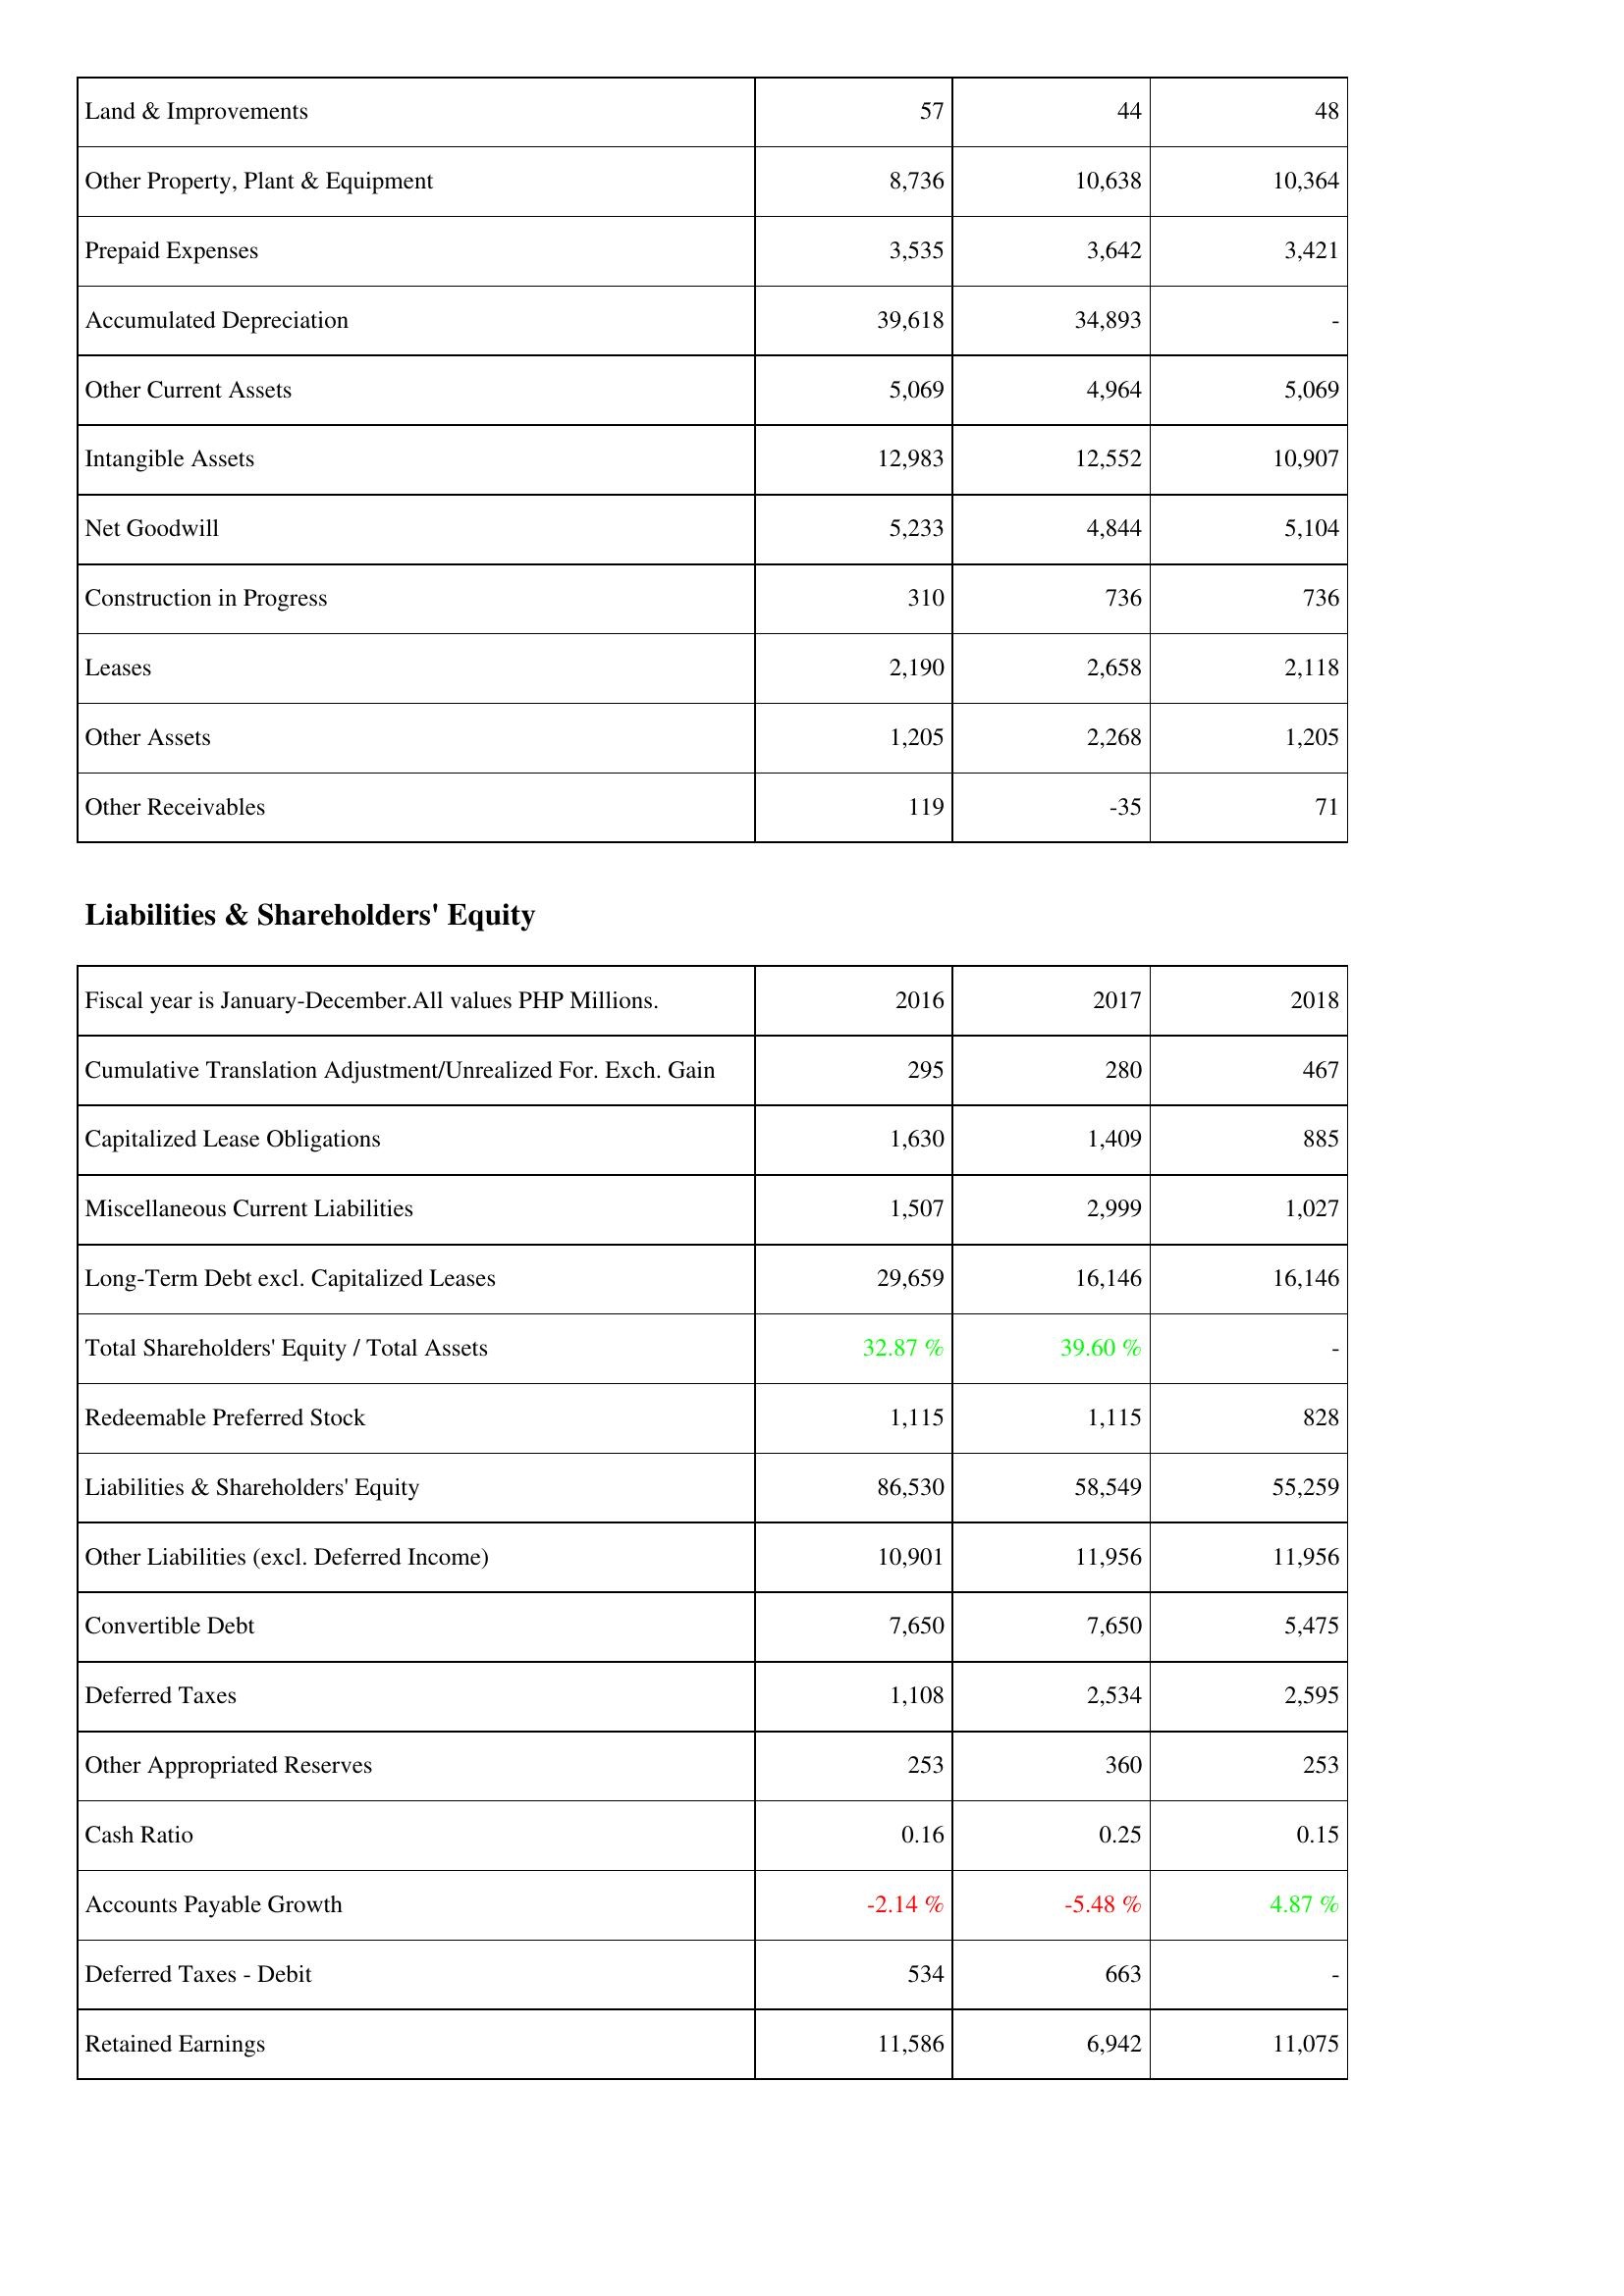
2016: Assets: Land & Improvements: 57
Other Property, Plant & Equipment: 8,736
Prepaid Expenses: 3,535
Accumulated Depreciation: 39,618
Other Current Assets: 5,069
Intangible Assets: 12,983
Net Goodwill: 5,233
Construction in Progress: 310
Leases: 2,190
Other Assets: 1,205
Other Receivables: 119
Liabilities & Shareholders' Equity: Cumulative Translation Adjustment/Unrealized For. Exch. Gain: 295
Capitalized Lease Obligations: 1,630
Miscellaneous Current Liabilities: 1,507
Long-Term Debt excl. Capitalized Leases: 29,659
Total Shareholders' Equity / Total Assets: 32.87 %
Redeemable Preferred Stock: 1,115
Liabilities & Shareholders' Equity: 86,530
Other Liabilities (excl. Deferred Income): 10,901
Convertible Debt: 7,650
Deferred Taxes: 1,108
Other Appropriated Reserves: 253
Cash Ratio: 0.16
Accounts Payable Growth: -2.14 %
Deferred Taxes - Debit: 534
Retained Earnings: 11,586
2017: Assets: Land & Improvements: 44
Other Property, Plant & Equipment: 10,638
Prepaid Expenses: 3,642
Accumulated Depreciation: 34,893
Other Current Assets: 4,964
Intangible Assets: 12,552
Net Goodwill: 4,844
Construction in Progress: 736
Leases: 2,658
Other Assets: 2,268
Other Receivables: -35
Liabilities & Shareholders' Equity: Cumulative Translation Adjustment/Unrealized For. Exch. Gain: 280
Capitalized Lease Obligations: 1,409
Miscellaneous Current Liabilities: 2,999
Long-Term Debt excl. Capitalized Leases: 16,146
Total Shareholders' Equity / Total Assets: 39.60 %
Redeemable Preferred Stock: 1,115
Liabilities & Shareholders' Equity: 58,549
Other Liabilities (excl. Deferred Income): 11,956
Convertible Debt: 7,650
Deferred Taxes: 2,534
Other Appropriated Reserves: 360
Cash Ratio: 0.25
Accounts Payable Growth: -5.48 %
Deferred Taxes - Debit: 663
Retained Earnings: 6,942
2018: Assets: Land & Improvements: 48
Other Property, Plant & Equipment: 10,364
Prepaid Expenses: 3,421
Accumulated Depreciation: -
Other Current Assets: 5,069
Intangible Assets: 10,907
Net Goodwill: 5,104
Construction in Progress: 736
Leases: 2,118
Other Assets: 1,205
Other Receivables: 71
Liabilities & Shareholders' Equity: Cumulative Translation Adjustment/Unrealized For. Exch. Gain: 467
Capitalized Lease Obligations: 885
Miscellaneous Current Liabilities: 1,027
Long-Term Debt excl. Capitalized Leases: 16,146
Total Shareholders' Equity / Total Assets: -
Redeemable Preferred Stock: 828
Liabilities & Shareholders' Equity: 55,259
Other Liabilities (excl. Deferred Income): 11,956
Convertible Debt: 5,475
Deferred Taxes: 2,595
Other Appropriated Reserves: 253
Cash Ratio: 0.15
Accounts Payable Growth: 4.87 %
Deferred Taxes - Debit: -
Retained Earnings: 11,075